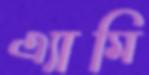
এ্যামি